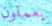
يعملون